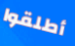
أطلقوا